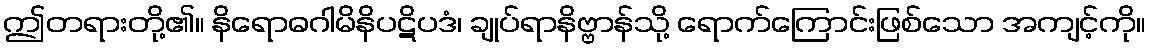
ဤတရားတို့၏။ နိရောဓဂါမိနိပဋိပဒံ၊ ချုပ်ရာနိဗ္ဗာန်သို့ ရောက်ကြောင်းဖြစ်သော အကျင့်ကို။